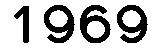
1969